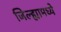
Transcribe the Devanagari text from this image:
जिल्‍ह्यामध्ये